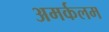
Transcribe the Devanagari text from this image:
अमर्कलम